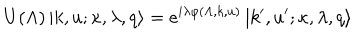
U ( \Lambda ) \left| k , u ; \kappa , \lambda , q \right> = e ^ { i \lambda \varphi ( \Lambda , k , u ) } \left| k ^ { \prime } , u ^ { \prime } ; \kappa , \lambda , q \right>